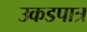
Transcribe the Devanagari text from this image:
उकडपात्र